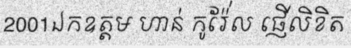
2001ឯកឧត្តម ហាន់ កូរ៉ែ់ល ផ្ញើលិខិត